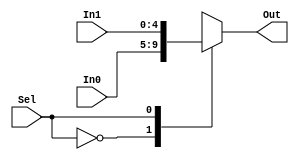
module MUX_5(
    input [4:0] In0,
    input [4:0] In1,
    input Sel,
    output reg [4:0] Out
    );
	 
	 always@(In0, In1, Sel)
		 case (Sel)
			 0: Out <= In0;
			 1: Out <= In1;
		 endcase
endmodule